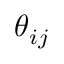
\theta _ { i j }